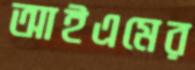
আইএমের